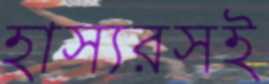
হাস্যরসই